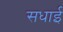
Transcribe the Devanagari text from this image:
सधाई